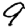
Digit: 9